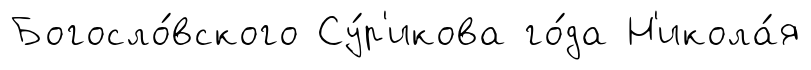
Богосло́вского Су́р'икова го́да Н'икола́я